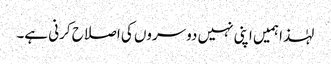
لہٰذا ہمیں اپنی نہیں دوسروں کی اصلاح کرنی ہے۔